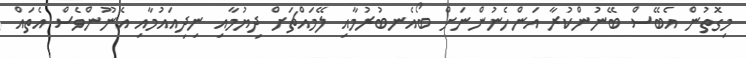
މިގޮތުން އެބޭސް ބޭނުންކުރާ އަންހެނުންނަށް ބޯއެނބުރުމާއި ލޭމައްޗަށް ދިޔުމާއި ނިދިއައުމާއި އެނޫންވެސް އެތައް